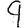
Digit: 9